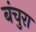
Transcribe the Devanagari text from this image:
बंचुरा